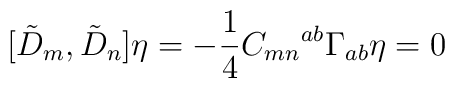
[{\tilde D}_{m}, {\tilde D}_{n}] \eta= -\frac{1}{4}C_{mn}{}^{ab}\Gamma_{ab}\eta=0